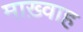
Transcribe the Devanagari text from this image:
माख़्वाह